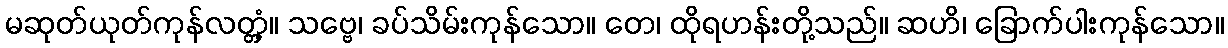
မဆုတ်ယုတ်ကုန်လတ္တံ့။ သဗ္ဗေ၊ ခပ်သိမ်းကုန်သော။ တေ၊ ထိုရဟန်းတို့သည်။ ဆဟိ၊ ခြောက်ပါးကုန်သော။